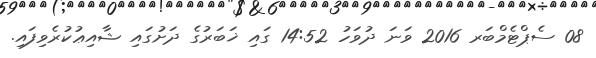
08 ސެޕްޓެމްބަރ 2016 ވަނަ ދުވަހު 14:52 ގައި ޚަބަރުގެ ދަށުގައި ޝާއިޢުކުރެވިފައި.